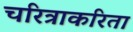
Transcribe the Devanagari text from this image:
चरित्राकरिता